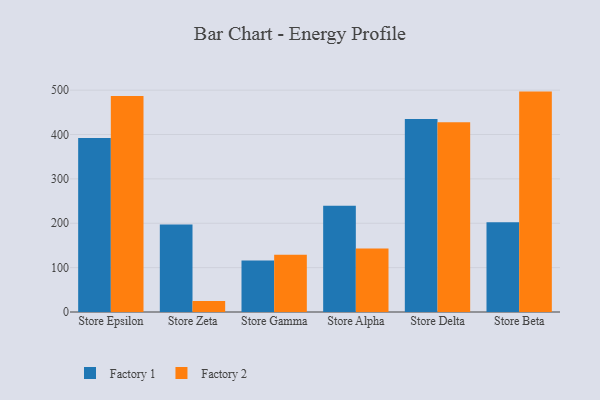
{"axis": {"x": "Store", "y": "Waste Production (Tons)"}, "legend": ["Factory 1", "Factory 2"], "data": [{"x": "Store Epsilon", "y": 392.4, "type": "Factory 1"}, {"x": "Store Epsilon", "y": 486.8, "type": "Factory 2"}, {"x": "Store Zeta", "y": 197.1, "type": "Factory 1"}, {"x": "Store Zeta", "y": 24.8, "type": "Factory 2"}, {"x": "Store Gamma", "y": 115.9, "type": "Factory 1"}, {"x": "Store Gamma", "y": 129.2, "type": "Factory 2"}, {"x": "Store Alpha", "y": 239.5, "type": "Factory 1"}, {"x": "Store Alpha", "y": 142.9, "type": "Factory 2"}, {"x": "Store Delta", "y": 435.1, "type": "Factory 1"}, {"x": "Store Delta", "y": 427.6, "type": "Factory 2"}, {"x": "Store Beta", "y": 202.4, "type": "Factory 1"}, {"x": "Store Beta", "y": 496.7, "type": "Factory 2"}]}